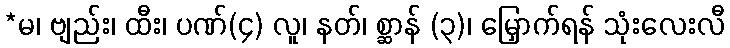
*မ၊ ဗျည်း၊ ထီး၊ ပဏ်(၄) လူ၊ နတ်၊ စ္ဆာန် (၃)၊ မြှောက်ရန် သုံးလေးလီ